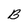
Character: B